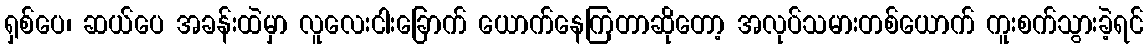
ရှစ်ပေ၊ ဆယ်ပေ အခန်းထဲမှာ လူလေးငါးခြောက် ယောက်နေကြတာဆိုတော့ အလုပ်သမားတစ်ယောက် ကူးစက်သွားခဲ့ရင်